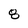
Character: 8